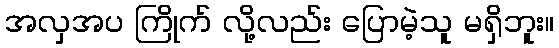
အလှအပ ကြိုက် လို့လည်း ပြောမဲ့သူ မရှိဘူး။